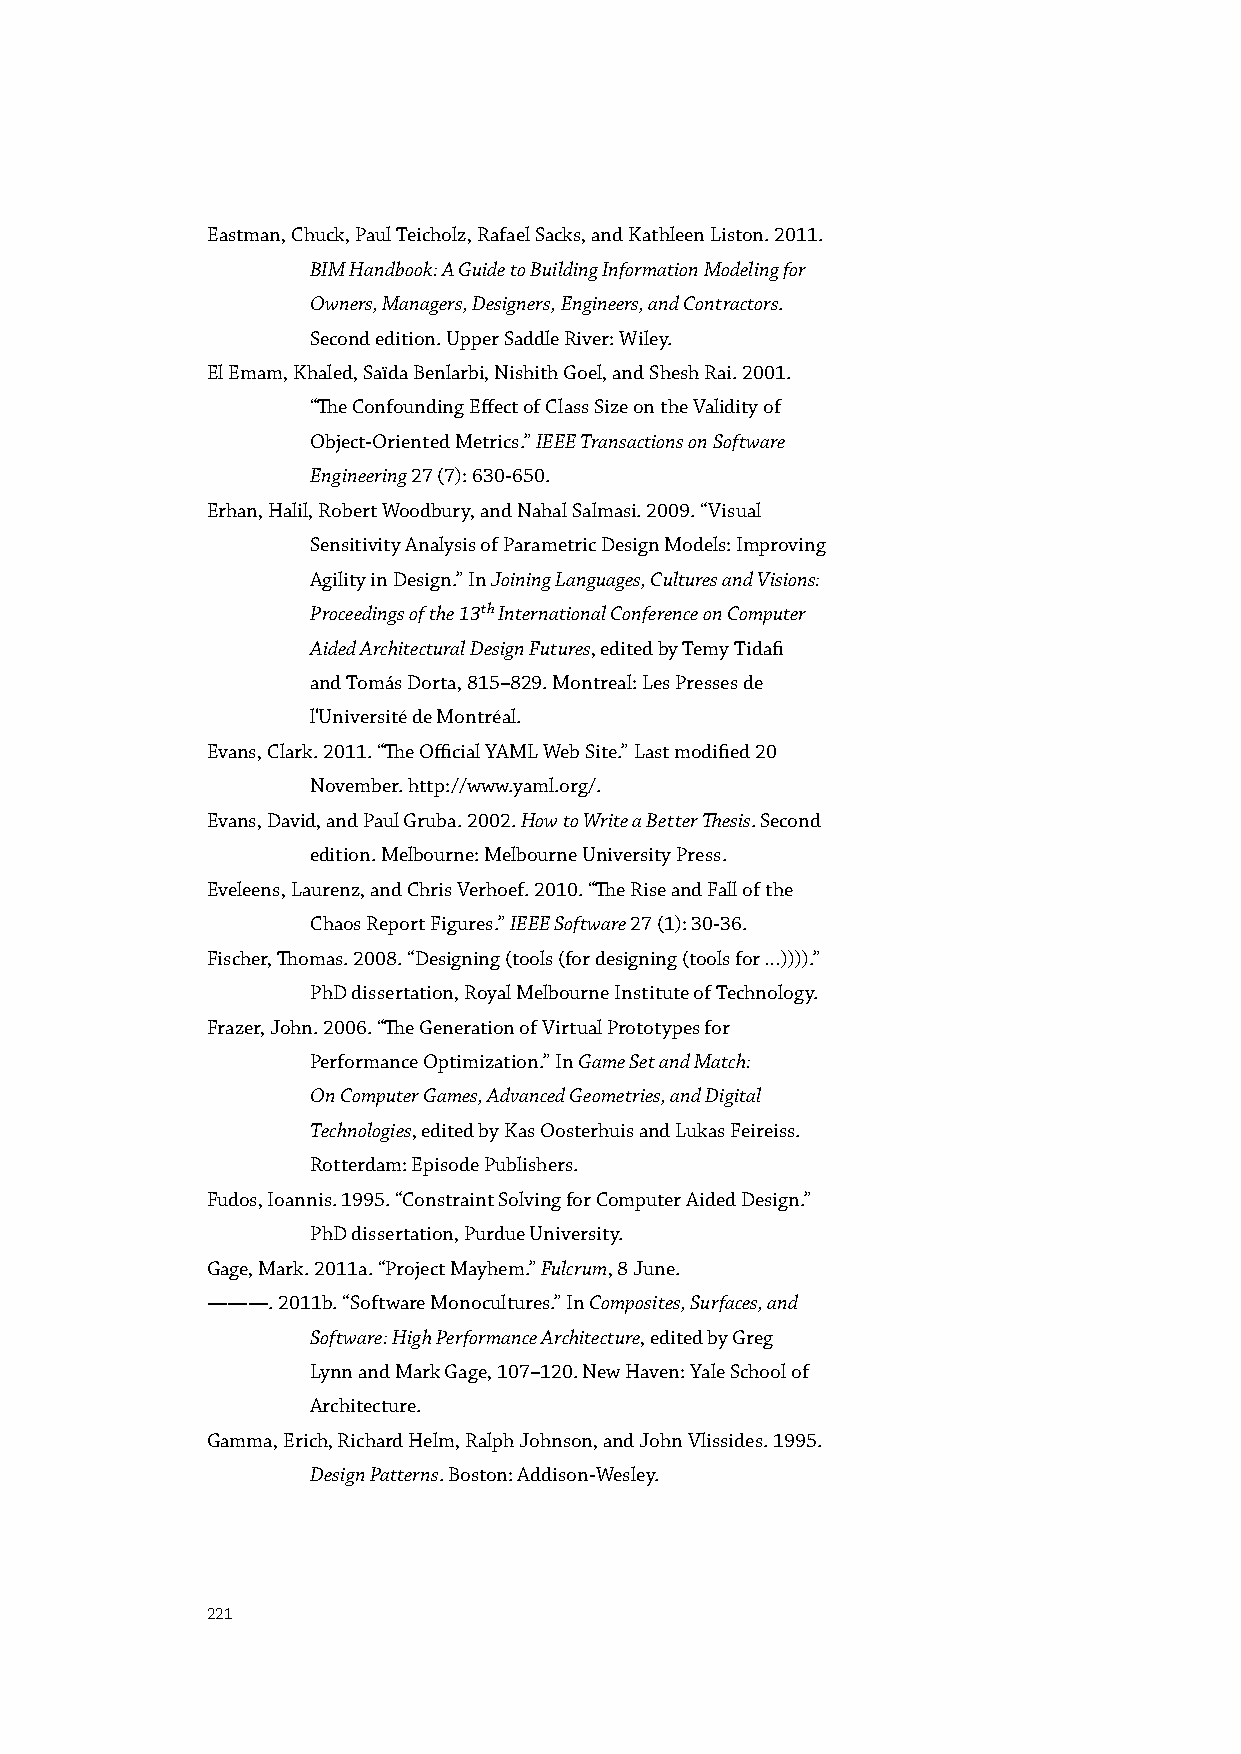
Eastman, Chuck, Paul Teicholz, Rafael Sacks, and Kathleen Liston. 2011.
 BIM Handbook: A Guide to Building Information Modeling for
 Owners, Managers, Designers, Engineers, and Contractors.
 Second edition. Upper Saddle River: Wiley.
 El Emam, Khaled, Saïda Benlarbi, Nishith Goel, and Shesh Rai. 2001.
 “The Confounding Effect of Class Size on the Validity of
 Object-Oriented Metrics.” IEEE Transactions on Software
 Engineering 27 (7): 630-650.
 Erhan, Halil, Robert Woodbury, and Nahal Salmasi. 2009. “Visual
 Sensitivity Analysis of Parametric Design Models: Improving
 Agility in Design.” In Joining Languages, Cultures and Visions:
 Proceedings of the 13th International Conference on Computer
 Aided Architectural Design Futures, edited by Temy Tidafi
 and Tomás Dorta, 815–829. Montreal: Les Presses de
 l'Université de Montréal.
 Evans, Clark. 2011. “The Official YAML Web Site.” Last modified 20
 November. http://www.yaml.org/.
 Evans, David, and Paul Gruba. 2002. How to Write a Better Thesis. Second
 edition. Melbourne: Melbourne University Press.
 Eveleens, Laurenz, and Chris Verhoef. 2010. “The Rise and Fall of the
 Chaos Report Figures.” IEEE Software 27 (1): 30-36.
 Fischer, Thomas. 2008. “Designing (tools (for designing (tools for …)))).”
 PhD dissertation, Royal Melbourne Institute of Technology.
 Frazer, John. 2006. “The Generation of Virtual Prototypes for
 Performance Optimization.” In Game Set and Match:
 On Computer Games, Advanced Geometries, and Digital
 Technologies, edited by Kas Oosterhuis and Lukas Feireiss.
 Rotterdam: Episode Publishers.
 Fudos, Ioannis. 1995. “Constraint Solving for Computer Aided Design.”
 PhD dissertation, Purdue University.
 Gage, Mark. 2011a. “Project Mayhem.” Fulcrum, 8 June.
 ———. 2011b. “Software Monocultures.” In Composites, Surfaces, and
 Software: High Performance Architecture, edited by Greg
 Lynn and Mark Gage, 107–120. New Haven: Yale School of
 Architecture.
 Gamma, Erich, Richard Helm, Ralph Johnson, and John Vlissides. 1995.
 Design Patterns. Boston: Addison-Wesley.
 221